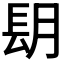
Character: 𨱠